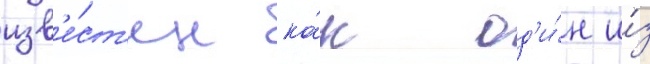
изв'е́ст'ен ка́к од'и́н и́з